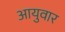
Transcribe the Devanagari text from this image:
आयुवार